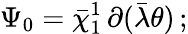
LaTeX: \Psi_{0}=\bar{\chi}_{1}^{1}\, \partial(\bar{\lambda}\theta)\, ;